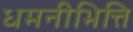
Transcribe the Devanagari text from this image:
धमनीभित्ति